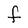
Character: F